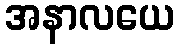
အနာလယေ